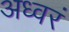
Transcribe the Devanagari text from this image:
अध्वरं